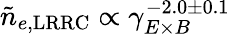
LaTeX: \tilde{n}_{e,\mathrm{LRRC}}\propto\gamma_{E\times B}^{-2.0\pm 0.1}